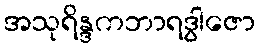
အသုရိန္ဒကဘာရဒွါဇော